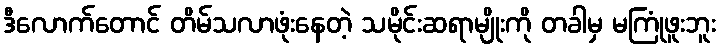
ဒီလောက်တောင် တိမ်သလာဖုံးနေတဲ့ သမိုင်းဆရာမျိုးကို တခါမှ မကြုံဖူးဘူး